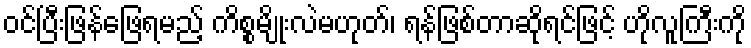
ဝင်ပြီးဖြန်ဖြေရမည့် ကိစ္စမျိုးလဲမဟုတ်၊ ရန်ဖြစ်တာဆိုရင်ဖြင့် ဟိုလူကြီးကို